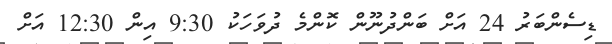
ޑިސެންބަރު 24 އަށް ބަންދުނޫން ކޮންމެ ދުވަހަކު 9:30 އިން 12:30 އަށް